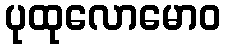
ပုထုလောမောဝ